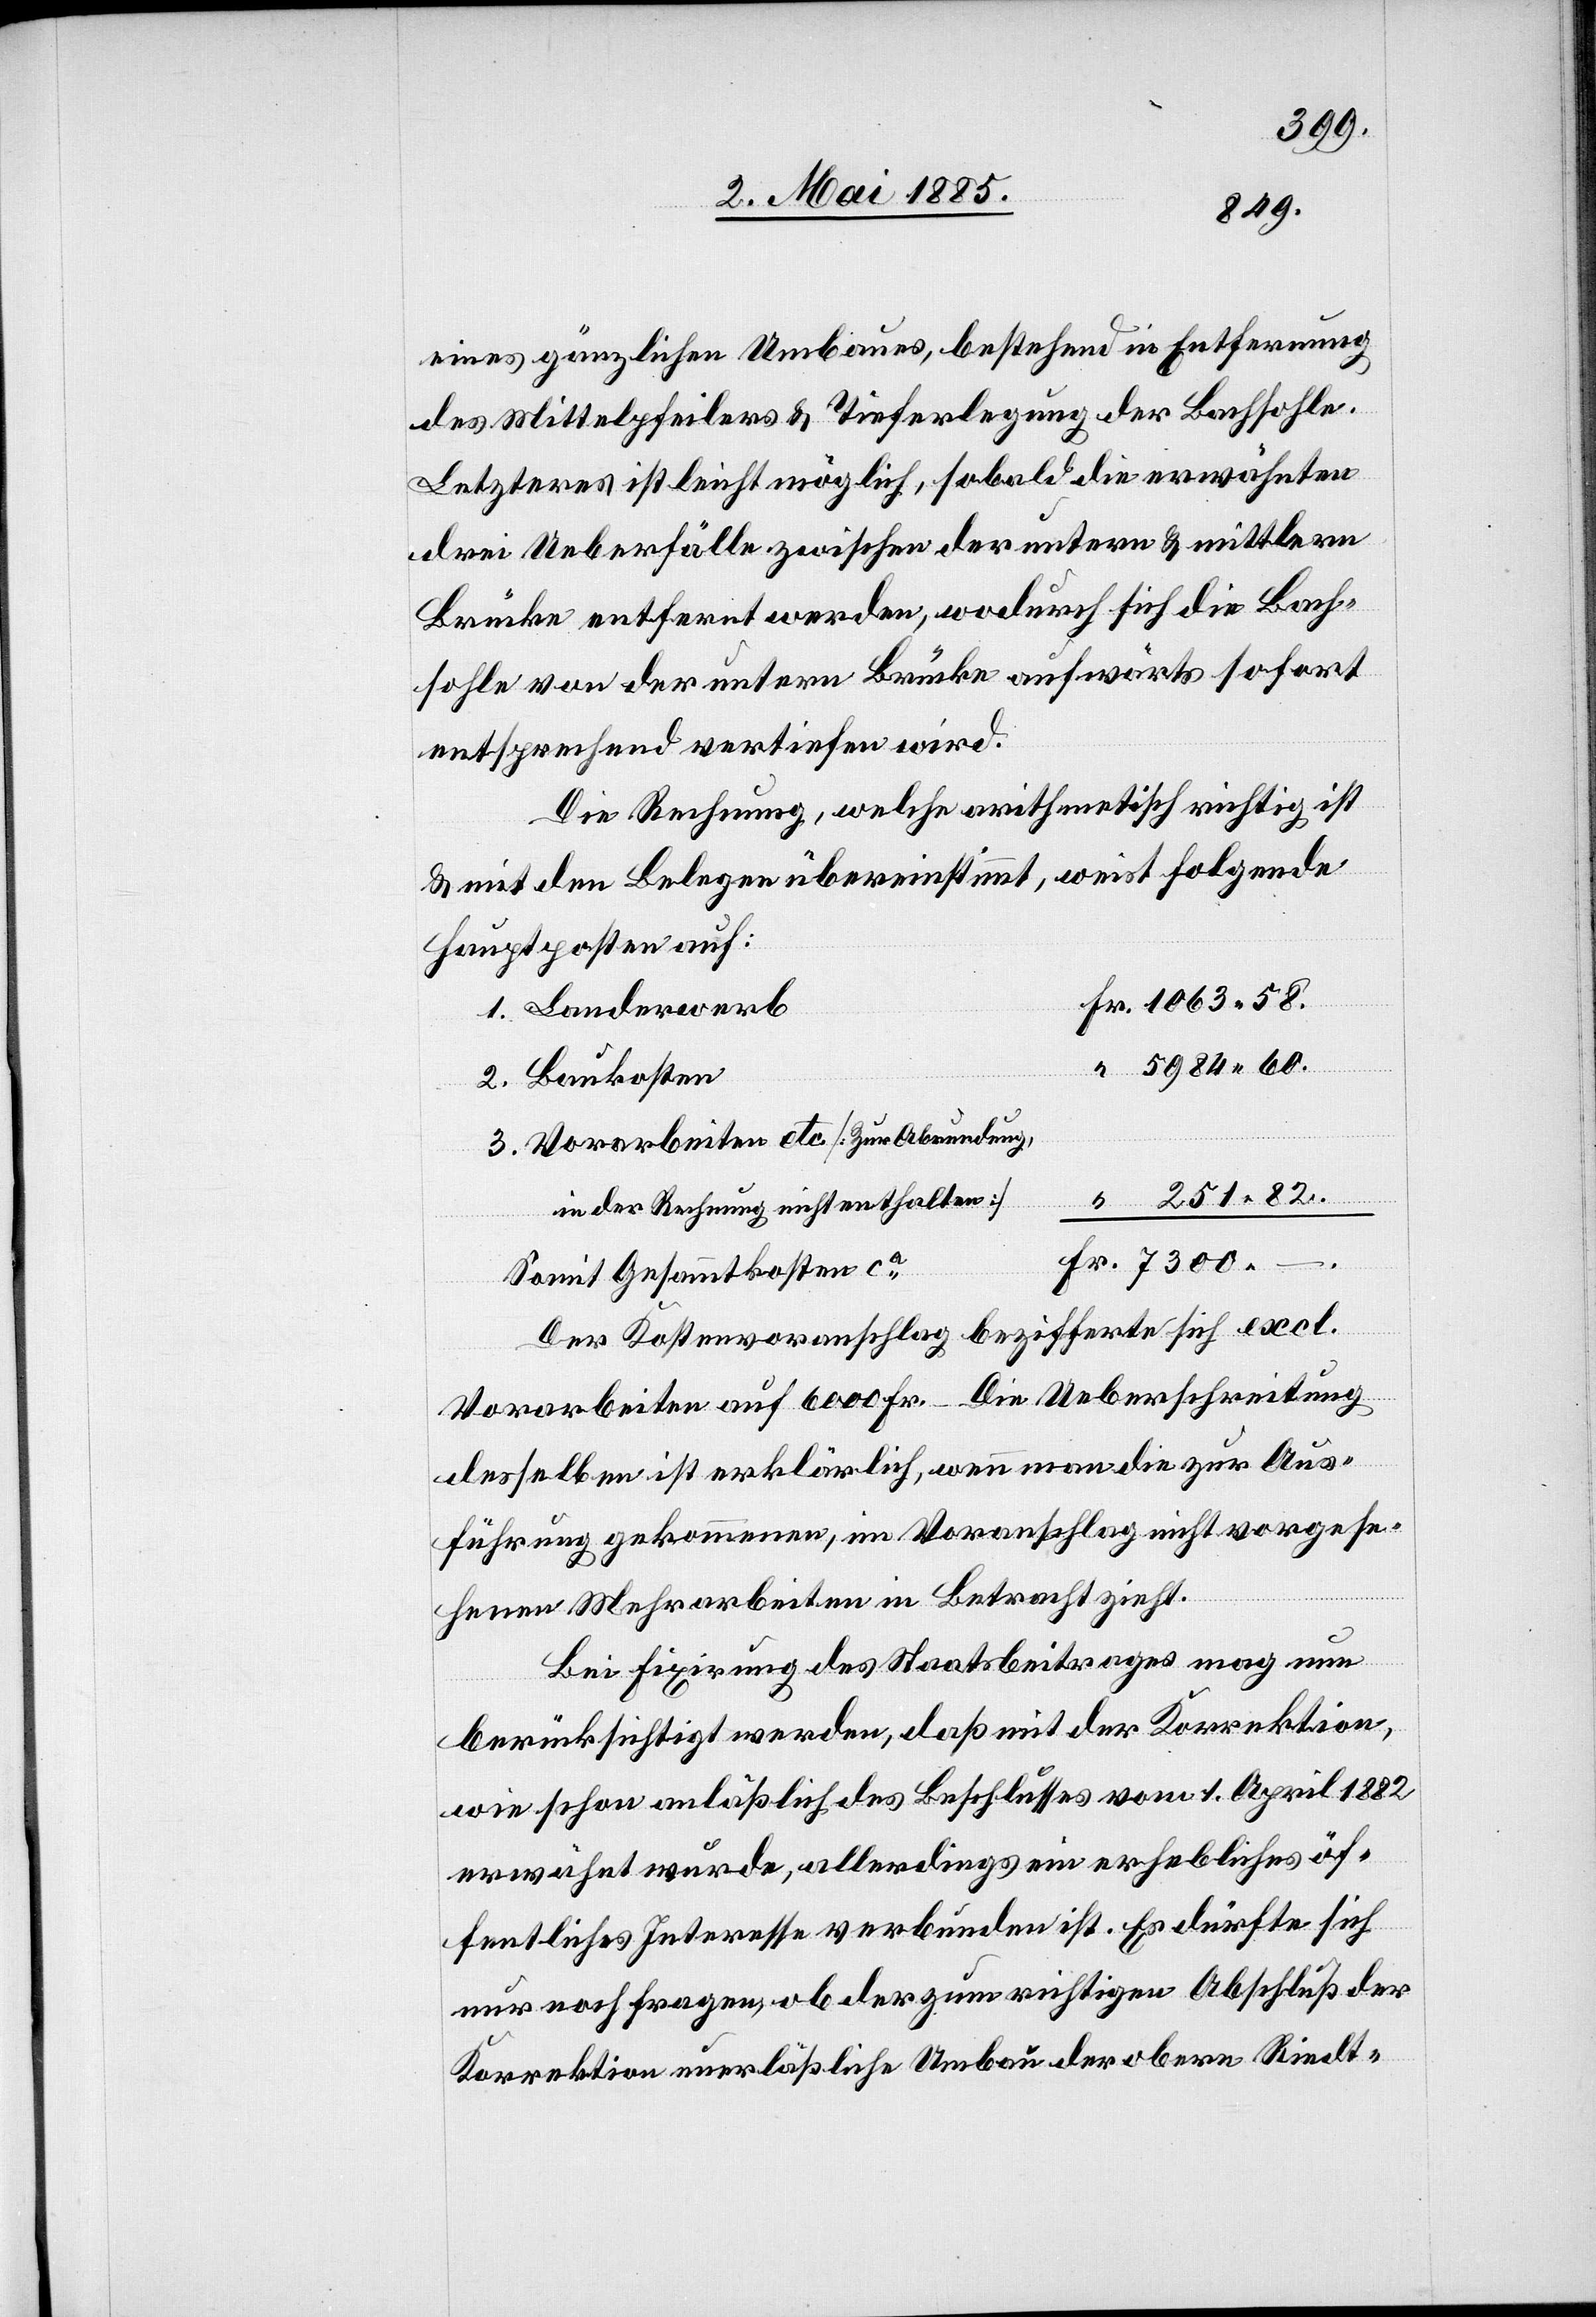
eines gänzlichen Umbaues, bestehend in Entfernung
des Mittelpfeilers & Tieferlegung der Bachsohle.
Letzteres ist leicht möglich, sobald die erwähnten
drei Ueberfälle zwischen der untern & mittlern
Brücke entfernt werden, wodurch sich die Bach¬
sohle von der untern Brücke aufwärts sofort
entsprechend vertiefen wird.
Die Rechnung, welche arithmetisch richtig ist
& mit den Belegen übereinstimmt, weist folgende
Hauptposten auf:
erwerb
Vorarbeiten etc. [Zur Abrundung,
in der Rechnung nicht enthalten]
Somit Gesammtkosten ca
Der Kostenvoranschlag beziffert sich excl.
Vorarbeiten auf 6000 Fr. Die Ueberschreitung
2.
desselben ist erklärlich, wenn man die zur Aus¬
führung gekommenen, im Voranschlag nicht vorgese¬
henen Mehrarbeiten in Betracht zieht.
Bei Fixirung des Staatsbeitrages mag nun
berücksichtigt werden, daß mit der Korrektion,
wie schon anläßlich des Beschlusses vom 1. April 1882
erwähnt wurde, allerdings ein erhebliches öf¬
fentliches Interesse verbunden ist. Es dürfte sich
nur noch fragen, ob der zum richtigen Abschluß der
Korrektion unerläßliche Umbau der obern Riedt-